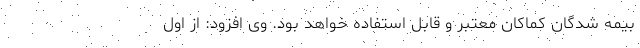
بیمه شدگان کماکان معتبر و قابل استفاده خواهد بود. وی افزود: از اول